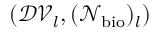
( \mathcal { D V } _ { l } , ( \mathcal { N } _ { \mathrm { b i o } } ) _ { l } )